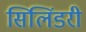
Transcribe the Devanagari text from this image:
सिलिंडरी